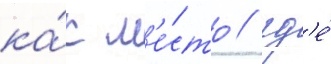
ка́к м'е́сто / гд'е́